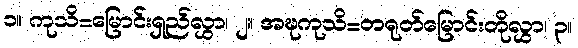
၁။ ကုသိ=မြောင်းရှည်လွှာ၊ ၂။ အဍ္ဎကုသိ=တရုတ်မြောင်းတိုလွှာ၊ ၃။